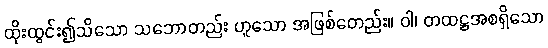
ထိုးထွင်း၍သိသော သဘောတည်း ဟူသော အဖြစ်တေည်း။ ဝါ၊ တထဋ္ဌအစရှိသော